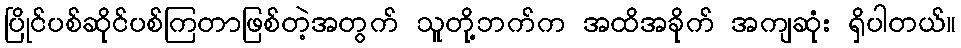
ပြိုင်ပစ်ဆိုင်ပစ်ကြတာဖြစ်တဲ့အတွက် သူတို့ဘက်က အထိအခိုက် အကျဆုံး ရှိပါတယ်။